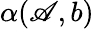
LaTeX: \alpha(\mathscr{A},b)